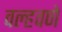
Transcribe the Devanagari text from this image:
वल्हवणे